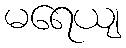
မရေယျ